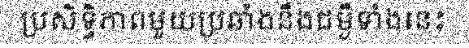
ប្រសិទ្ធិភាពមួយប្រឆាំងនឹងជម្ងឺទាំងនេះ